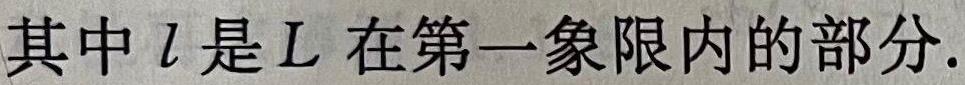
其中$l$是$L$在第一象限内的部分.